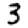
Digit: 3